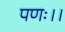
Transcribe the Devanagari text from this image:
पणः।।